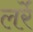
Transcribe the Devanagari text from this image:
लर्रे